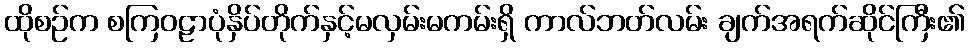
ထိုစဉ်က စကြဝဠာပုံနှိပ်တိုက်နှင့်မလှမ်းမကမ်းရှိ ကာလ်ဘတ်လမ်း ချက်အရက်ဆိုင်ကြီး၏